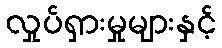
လှုပ်ရှားမှုများနှင့်